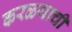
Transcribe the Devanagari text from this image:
करळ्याची